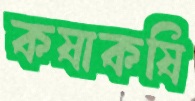
কষাকষি